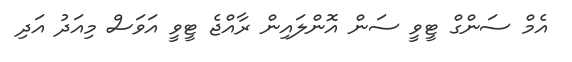
އެމް ސަންގް ޓީވީ ސަން އޮންލައިން ރާއްޖެ ޓީވީ އަވަސް މިއަދު އަދި